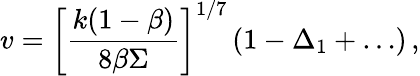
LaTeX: v=\left[\frac{k(1-\beta)}{8\beta\Sigma}\right]^{1/7}\left(1-\Delta_{1}+\ldots\right)\, ,